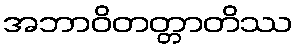
အဘာဝိတတ္တာတိဿ